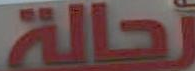
تحالة